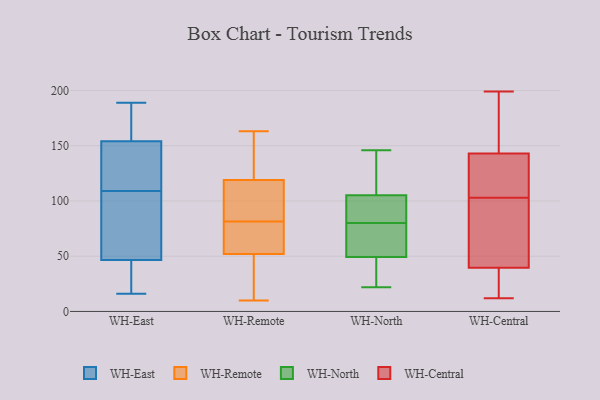
{"axis": {"x": "Customer Acquisition Cost (USD)", "y": "Value"}, "legend": ["WH-Central", "WH-East", "WH-North", "WH-Remote"], "data": [{"x": "", "y": 109, "type": "WH-East"}, {"x": "", "y": 20, "type": "WH-East"}, {"x": "", "y": 172, "type": "WH-East"}, {"x": "", "y": 16, "type": "WH-East"}, {"x": "", "y": 159, "type": "WH-East"}, {"x": "", "y": 90, "type": "WH-East"}, {"x": "", "y": 60, "type": "WH-East"}, {"x": "", "y": 139, "type": "WH-East"}, {"x": "", "y": 42, "type": "WH-East"}, {"x": "", "y": 189, "type": "WH-East"}, {"x": "", "y": 117, "type": "WH-East"}, {"x": "", "y": 63, "type": "WH-Remote"}, {"x": "", "y": 38, "type": "WH-Remote"}, {"x": "", "y": 157, "type": "WH-Remote"}, {"x": "", "y": 148, "type": "WH-Remote"}, {"x": "", "y": 10, "type": "WH-Remote"}, {"x": "", "y": 92, "type": "WH-Remote"}, {"x": "", "y": 119, "type": "WH-Remote"}, {"x": "", "y": 163, "type": "WH-Remote"}, {"x": "", "y": 81, "type": "WH-Remote"}, {"x": "", "y": 72, "type": "WH-Remote"}, {"x": "", "y": 155, "type": "WH-Remote"}, {"x": "", "y": 52, "type": "WH-Remote"}, {"x": "", "y": 111, "type": "WH-Remote"}, {"x": "", "y": 82, "type": "WH-Remote"}, {"x": "", "y": 31, "type": "WH-Remote"}, {"x": "", "y": 94, "type": "WH-Remote"}, {"x": "", "y": 24, "type": "WH-Remote"}, {"x": "", "y": 78, "type": "WH-Remote"}, {"x": "", "y": 103, "type": "WH-North"}, {"x": "", "y": 80, "type": "WH-North"}, {"x": "", "y": 146, "type": "WH-North"}, {"x": "", "y": 133, "type": "WH-North"}, {"x": "", "y": 87, "type": "WH-North"}, {"x": "", "y": 56, "type": "WH-North"}, {"x": "", "y": 22, "type": "WH-North"}, {"x": "", "y": 25, "type": "WH-North"}, {"x": "", "y": 106, "type": "WH-North"}, {"x": "", "y": 47, "type": "WH-North"}, {"x": "", "y": 78, "type": "WH-North"}, {"x": "", "y": 72, "type": "WH-Central"}, {"x": "", "y": 78, "type": "WH-Central"}, {"x": "", "y": 12, "type": "WH-Central"}, {"x": "", "y": 16, "type": "WH-Central"}, {"x": "", "y": 142, "type": "WH-Central"}, {"x": "", "y": 123, "type": "WH-Central"}, {"x": "", "y": 187, "type": "WH-Central"}, {"x": "", "y": 122, "type": "WH-Central"}, {"x": "", "y": 36, "type": "WH-Central"}, {"x": "", "y": 111, "type": "WH-Central"}, {"x": "", "y": 131, "type": "WH-Central"}, {"x": "", "y": 199, "type": "WH-Central"}, {"x": "", "y": 95, "type": "WH-Central"}, {"x": "", "y": 149, "type": "WH-Central"}, {"x": "", "y": 43, "type": "WH-Central"}, {"x": "", "y": 24, "type": "WH-Central"}, {"x": "", "y": 34, "type": "WH-Central"}, {"x": "", "y": 84, "type": "WH-Central"}, {"x": "", "y": 154, "type": "WH-Central"}, {"x": "", "y": 144, "type": "WH-Central"}]}